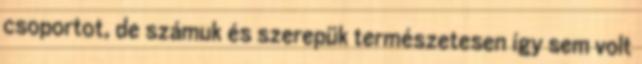
csoportot, de számuk és szerepük természetesen így sem volt